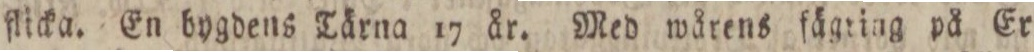
flicka. En bygdens Tärna 17 år. Med wårens fågring på Er